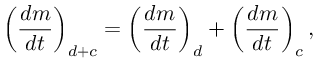
\left( \frac { d m } { d t } \right) _ { d + c } = \left( \frac { d m } { d t } \right) _ { d } + \left( \frac { d m } { d t } \right) _ { c } ,